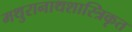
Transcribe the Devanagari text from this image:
मथुरानाथशास्त्रिकृत